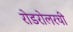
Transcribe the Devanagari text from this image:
रोडरोलरची